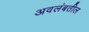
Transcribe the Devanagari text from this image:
अवलंबतील